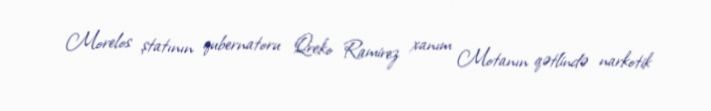
Morelos ştatının qubernatoru Qreko Ramirez xanım Motanın qətlində narkotik